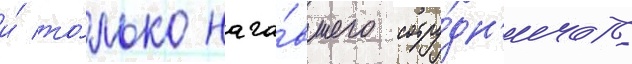
и́ то́лько нача́вшего сотру́дн'ичать